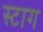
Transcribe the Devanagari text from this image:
स्टाग